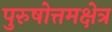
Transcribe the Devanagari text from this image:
पुरुषोत्तमक्षेत्र